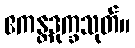
ဧကန္တဒုက္ခသုတ်။